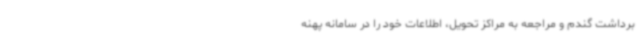
برداشت گندم و مراجعه به مراکز تحویل، اطلاعات خود را در سامانه پهنه